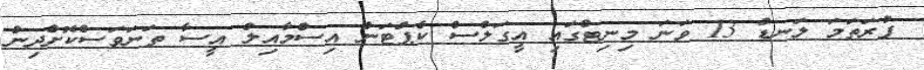
ފުރަތަމަ ލަނޑު 13 ވަނަ މިނިޓްގައި އީގަލްސް ކެޕްޓަން އިސްމާއިލް އީސާ ތަަނަވަސްކޮށްދިން